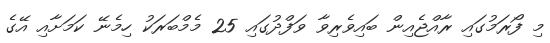
މި ފޯރަމުގައި ރާއްޖެއިން ބައިވެރިވާ ވަފްދުގައި 25 މެމްބަރަކު ހިމެނޭ ކަމަށާއި އޭގެ